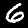
Digit: 6